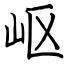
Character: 岖